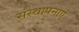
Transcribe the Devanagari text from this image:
संस्थापनाएं